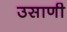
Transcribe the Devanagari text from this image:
उसाणी